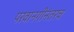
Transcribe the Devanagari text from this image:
परवानगीनंतरच